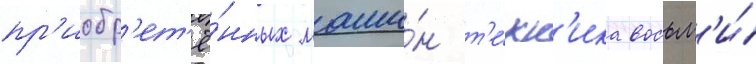
пр'иобр'ет'ё́нных маши́н т'е́хн'ика восьм'и́